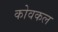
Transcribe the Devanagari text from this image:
कोवकल